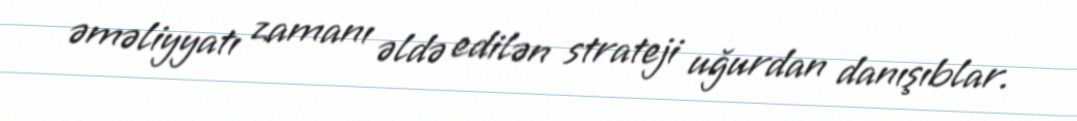
əməliyyatı zamanı əldə edilən strateji uğurdan danışıblar.